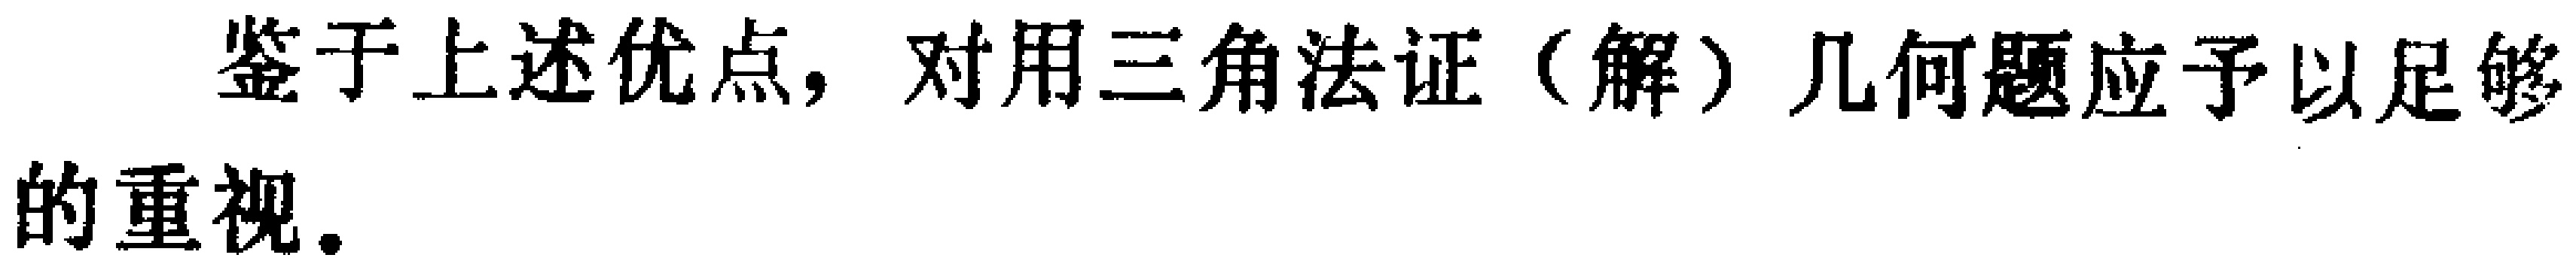
鉴于上述优点，对用三角法证（解）几何题应予以足够的重视。